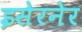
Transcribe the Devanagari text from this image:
इसेरनेर